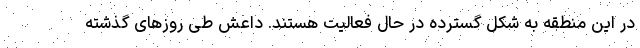
در این منطقه به شکل گسترده در حال فعالیت هستند. داعش طی روزهای گذشته